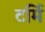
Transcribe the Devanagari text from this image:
टर्मि